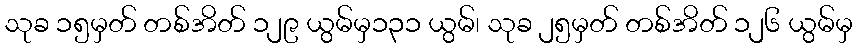
သုခ ၁၅မှတ် တစ်အိတ် ၁၂၉ ယွမ်မှ၁၃၁ ယွမ်၊ သုခ ၂၅မှတ် တစ်အိတ် ၁၂၆ ယွမ်မှ